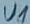
Text: U1